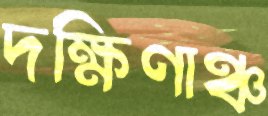
দক্ষিণাঞ্চ